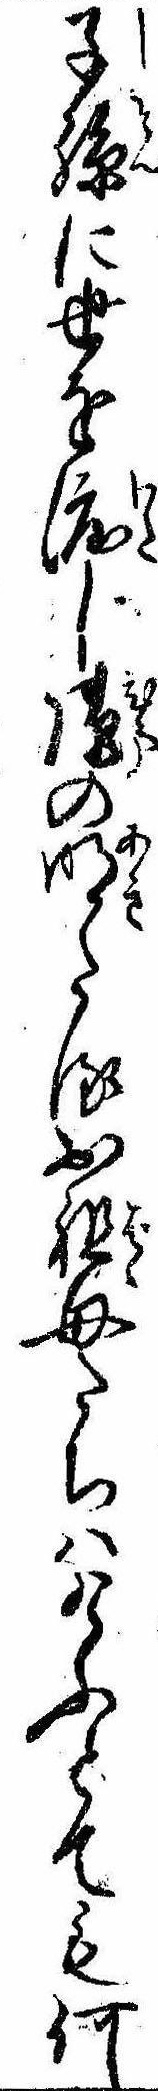
子孫に世を渡しの明たるお祖母たちはけふとても何